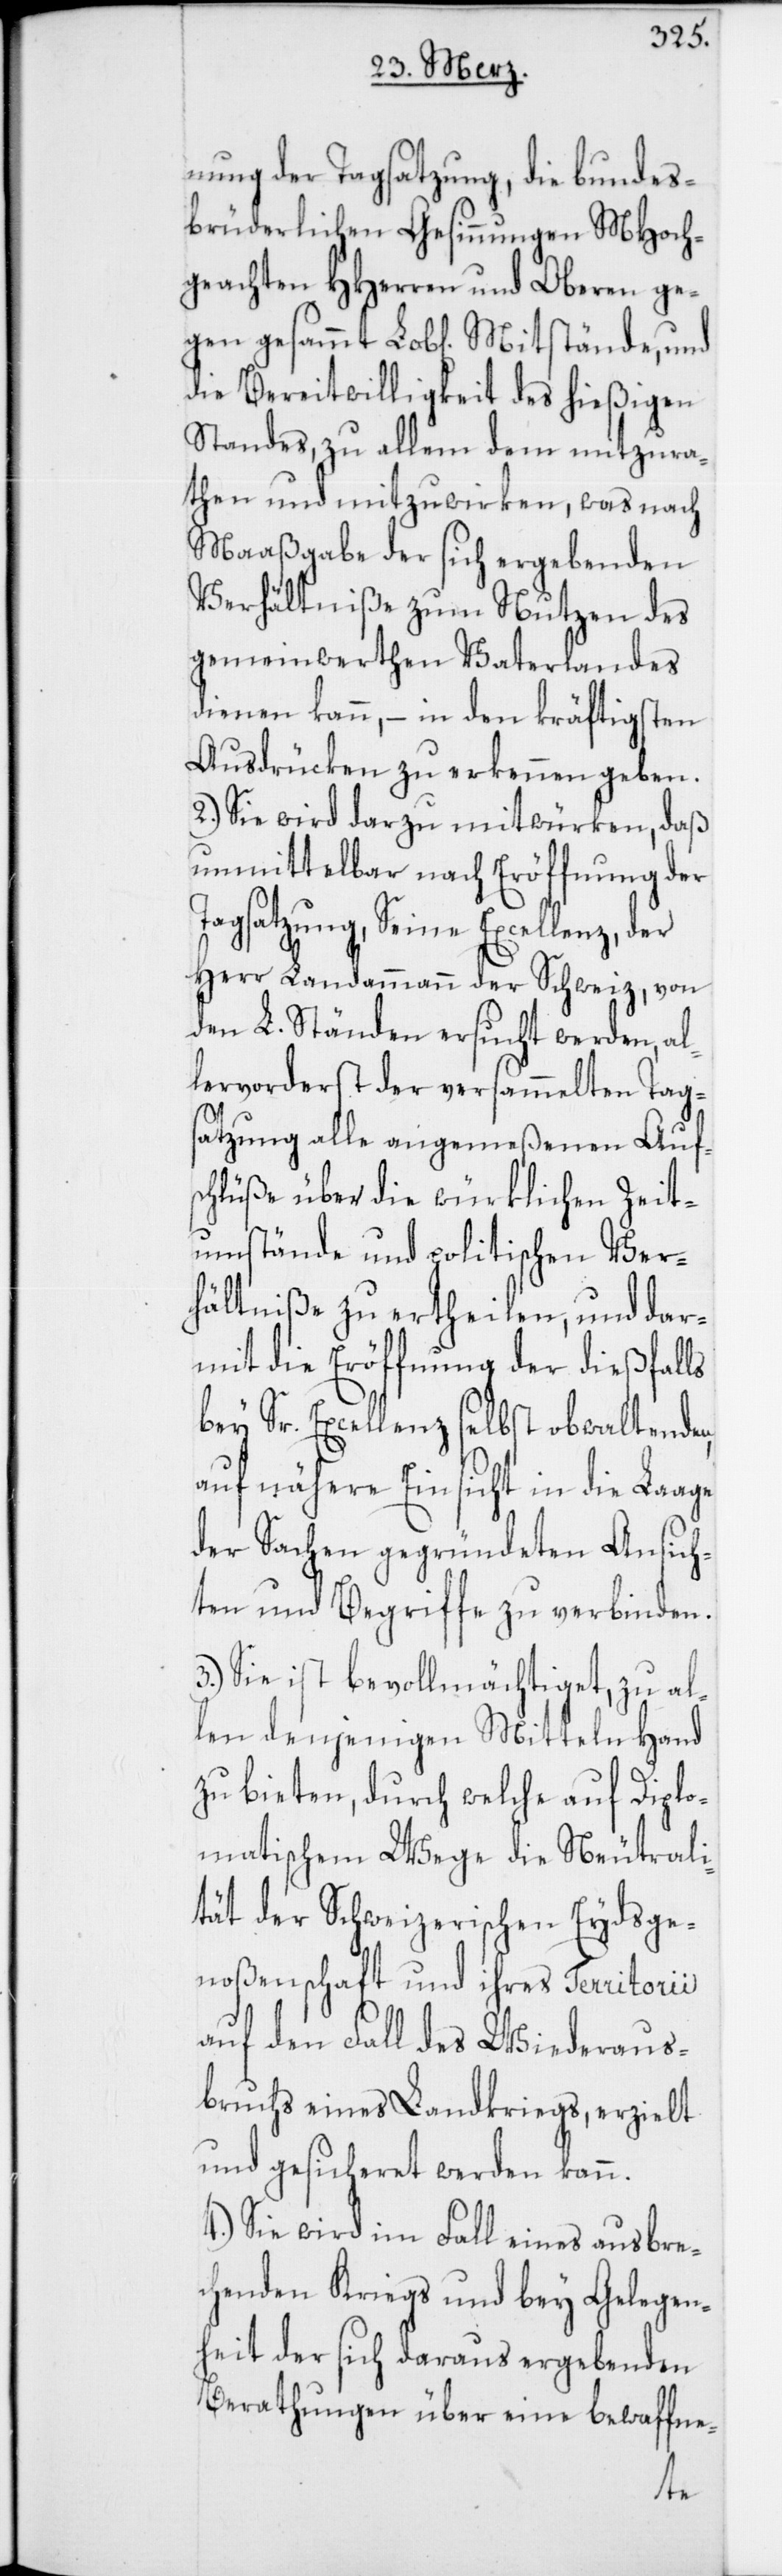
nung der Tagsatzung, die bundes¬
brüderlichen Gesinnungen MHoch¬
geachten HHerren und Oberen ge¬
gen gesammt Lobl. Mitstände, und
die Bereitwilligkeit des hießigen
Standes, zu allem dem mitzura¬
then und mitzuwirken, was nach
Maaßgabe der sich ergebenden
Verhältniße zum Nutzen des
gemeinwerthen Vaterlandes
dienen kann, – in den kräftigsten
Ausdrücken zu erkennen geben.
2.) Sie wird darzu mitwürken, daß
unmittelbar nach Eröffnung der
Tagsatzung, Seine Excellenz, der
Herr Landammann der Schweiz, von
den L. Ständen ersucht werden, al¬
lervorderst der versammelten Tags¬
atzung alle angemeßenen Auf¬
schlüße über die würklichen Zeit¬
umstände und politischen Ver¬
hältniße zu ertheilen, und dar¬
mit die Eröffnung der dießfalls
bey Sr. Excellenz selbst obwaltenden,
auf nähere Einsicht in die Laage
der Sachen gegründeten Ansich¬
ten und Begriffe zu verbinden.
3.) Sie ist bevollmächtiget, zu al¬
len denjenigen Mitteln Hand
zu bieten, durch welche auf Diplo¬
matischem Wege die Neutrali¬
tät der Schweizerischen Eydsge¬
noßenschaft und ihres Territorii
auf den Fall des Wiederaus¬
bruchs eines Landkriegs, erzielt
und gesicheret werden kann.
4.) Sie wird im Fall eines ausbre¬
chenden Kriegs und bey Gelegen¬
heit der sich daraus ergebenden
Berathungen über eine bewaffne-